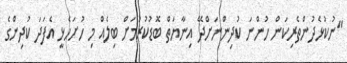
"ނުކުޅެދުންތެރިކަން ހުންނަ ކުދިންނަށްދޭ އިނާޔަތް ބޮޑުކުރުމަށް ބިލެއް މި ހުށަހެޅީ އެފަދަ ކުދިންގެ